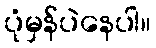
ပုံမှန်ပဲနေပါ။